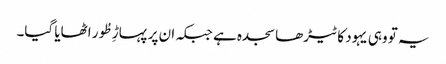
یہ تو وہی یہود کا ٹیڑھا سجدہ ہے جبکہ ان پر پہاڑِ طُور اٹھایا گیا۔